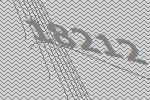
18212